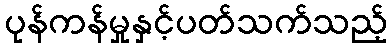
ပုန်ကန်မှုနှင့်ပတ်သက်သည့်